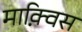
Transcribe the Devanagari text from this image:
माक़्विस